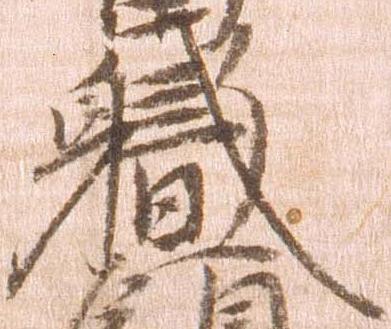
職